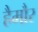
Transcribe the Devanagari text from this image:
हैमौर